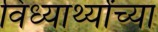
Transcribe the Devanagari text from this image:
विध्यार्थ्यांच्या